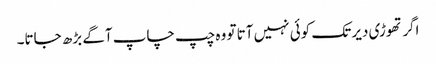
اگر تھوڑی دیر تک کوئی نہیں آتا تو وہ چپ چاپ آگے بڑھ جاتا۔